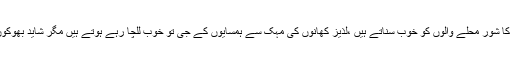
ہم رمضان میں گھر کی دہلیز پر دیگوں کا شور محلے والوں کو خوب سناتے ہیں ،لذیز کھانوں کی مہک سے ہمسایوں کے جی تو خوب للچا رہے ہوتے ہیں مگر شاید بھوکوں تک اس کی بھنک تک نہیں پہنچ پاتی۔